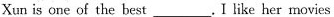
Xun is one of the best ___ .I like her movies